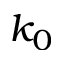
k _ { 0 }